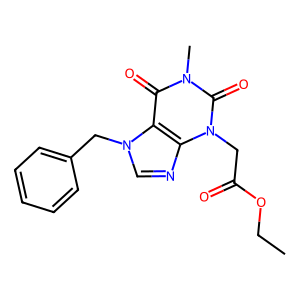
SMILES: CCOC(=O)Cn1c(=O)n(C)c(=O)c2c1ncn2Cc1ccccc1
Inhibits HIV replication: No